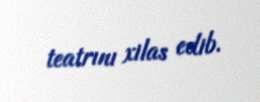
teatrını xilas edib.